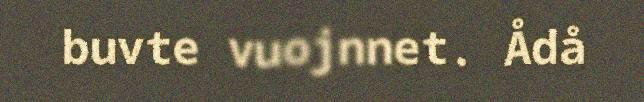
buvte vuojnnet. Ådå